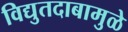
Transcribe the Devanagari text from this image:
विद्युतदाबामुळे